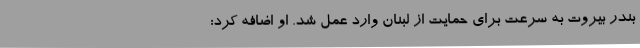
بندر بیروت به سرعت برای حمایت از لبنان وارد عمل شد. او اضافه کرد: